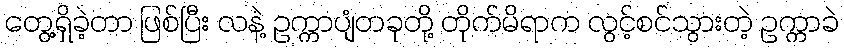
တွေ့ရှိခဲ့တာ ဖြစ်ပြီး လနဲ့ ဥက္ကာပျံတခုတို့ တိုက်မိရာက လွင့်စင်သွားတဲ့ ဥက္ကာခဲ